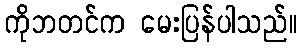
ကိုဘတင်က မေးပြန်ပါသည်။